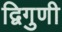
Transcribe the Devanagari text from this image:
द्विगुणी